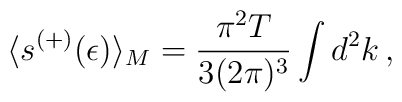
\langle s^{(+)}(\epsilon)\rangle_M = \frac{\pi^2 T}{3(2\pi)^3}  \int d^2 k \,{,}